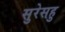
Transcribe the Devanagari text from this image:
सुरेसहु